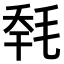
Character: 𣭹